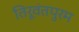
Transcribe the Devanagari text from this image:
तिरूवंतपुरम